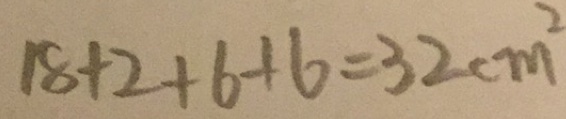
1 8 + 2 + 6 + 6 = 3 2 c m ^ { 2 }